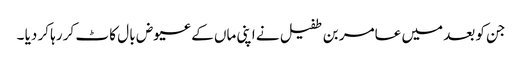
جن کو بعد میں عامر بن طفیل نے اپنی ماں کے عیوض با ل کا ٹ کر رہا کر دیا ۔